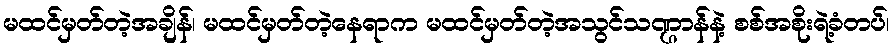
မထင်မှတ်တဲ့အချိန်၊ မထင်မှတ်တဲ့နေရာက မထင်မှတ်တဲ့အသွင်သဏ္ဌာန်နဲ့ စစ်အစိုးရဲ့ခံတပ်၊